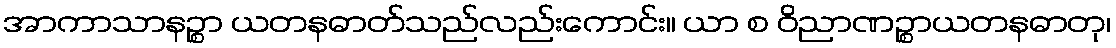
အာကာသာနဉ္စာ ယတနဓာတ်သည်လည်းကောင်း။ ယာ စ ဝိညာဏဉ္စာယတနဓာတု၊